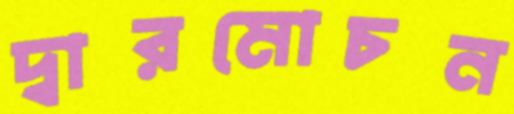
দ্বারমোচন